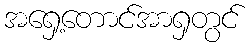
အရှေ့တောင်အာရှတွင်